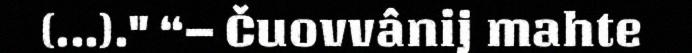
(...)." “– Čuovvânij mahte